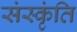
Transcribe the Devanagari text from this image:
संस्कृंति